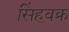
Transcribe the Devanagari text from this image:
सिंहवक्र